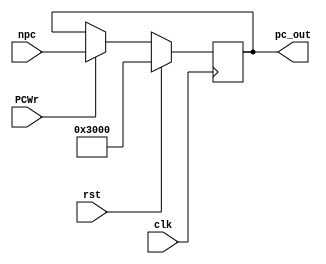
module pc(clk,rst,npc,pc_out,PCWr);
  input              rst,clk;
  input   [31:0]     npc;
  input              PCWr;
  output  [31:0]     pc_out;
  
  reg     [31:0]     npc_reg;
  
  always @(posedge clk)
  begin
     if(rst)  
        npc_reg <=32'h0000_3000;
     else if(PCWr)
        npc_reg = npc;
  end

  assign  pc_out = npc_reg;
endmodule